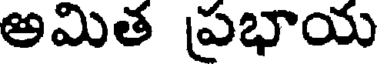
అమిత ప్రభాయ